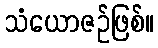
သံယောဇဉ်ဖြစ်။